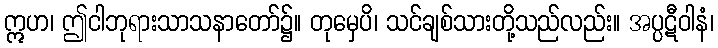
ဣဟ၊ ဤငါဘုရားသာသနာတော်၌။ တုမှေပိ၊ သင်ချစ်သားတို့သည်လည်း။ အပ္ပဋီဝါနံ၊